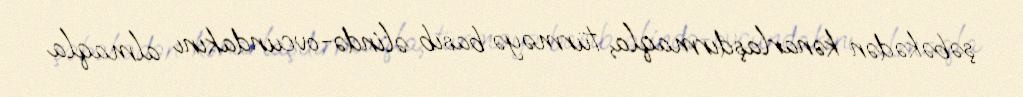
şəbəkədən kənarlaşdırmaqla, türməyə basıb əlində-ovcundakını almaqla